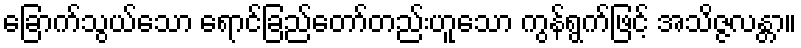
ခြောက်သွယ်သော ရောင်ခြည်တော်တည်းဟူသော ကွန်ရွက်ဖြင့် အသိဇ္ဇလန္တာ။